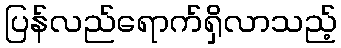
ပြန်လည်ရောက်ရှိလာသည့်